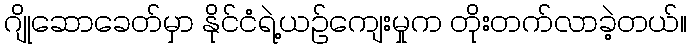
ဂျိုဆောခေတ်မှာ နိုင်ငံရဲ့ယဉ်ကျေးမှုက တိုးတက်လာခဲ့တယ်။